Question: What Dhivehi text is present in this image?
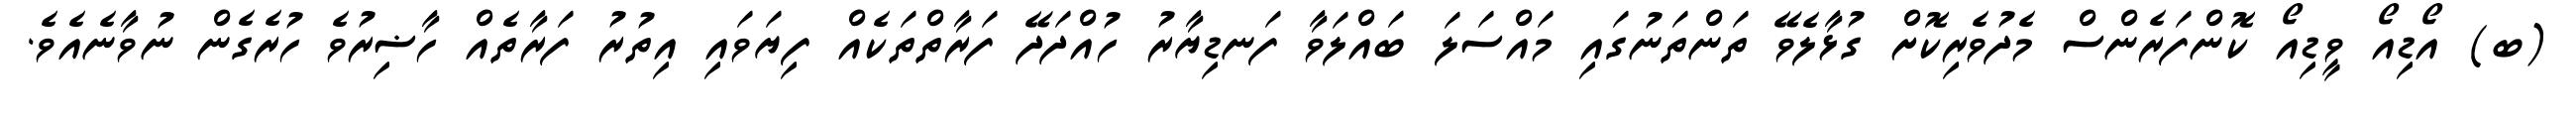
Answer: (ބ) އޯޑިއޯ ވީޑިއޯ ކޮންފަރެންސް މެދުވެރިކޮށް ގުޅާލެވޭ ތަންތަނުގައި މައްސަލަ ބައްލަވާ ފަނޑިޔާރު ހުއްދަދޭ ފަރާތްތަކެއް ފިޔަވައި އިތުރު ފަރާތެއް ހާޟިރުވެ ހުރެގެން ނުވާނެއެވެ.